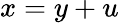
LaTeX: x=y+u